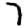
Digit: 7